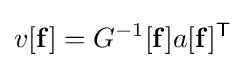
v[\mathbf {f} ]=G^{-1}[\mathbf {f} ]a[\mathbf {f} ]^{\mathsf {T}}